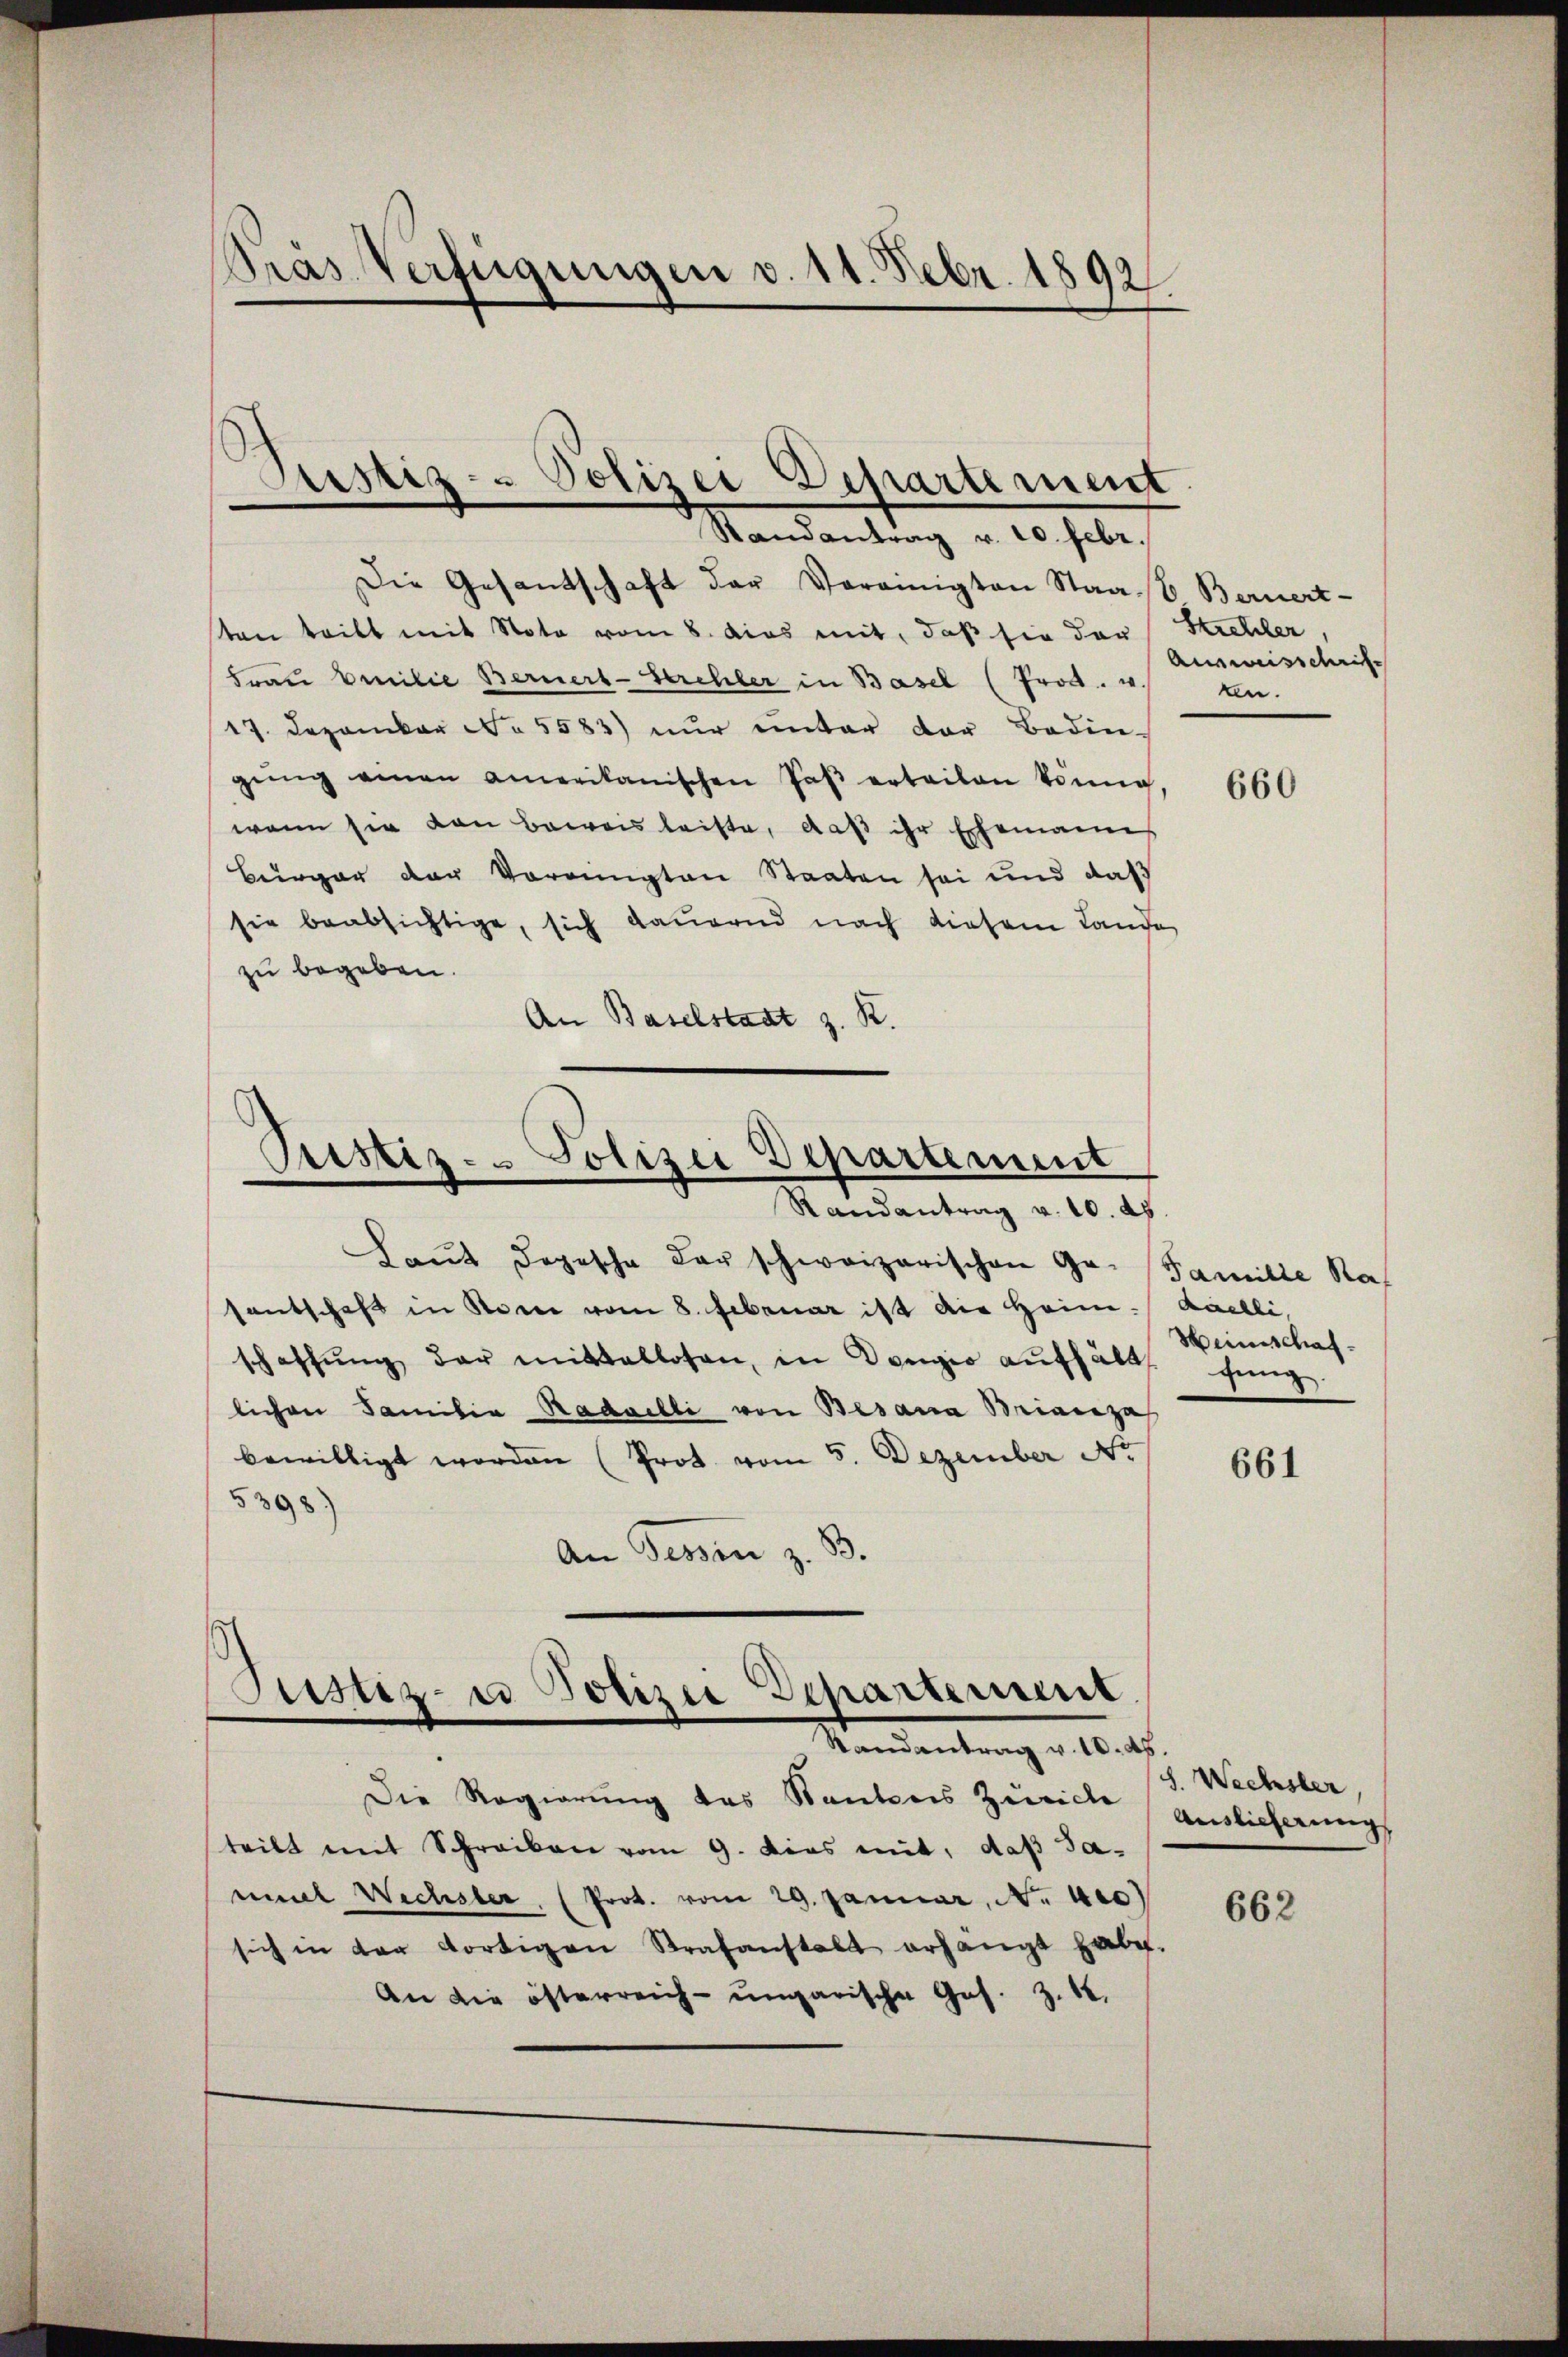
Pras Verfügungen v. 11. Febr. 1892

wiz-- Polizei Departement
Randantrag v. 10. Febr.

Die Gesantschaft der Vereinigten Staab Bernert-
sten teilt mit Note vom 8. das mit, daß sie der Strehler
Frau Emilie Berner-Strehler in Basel (Prod. u. ten.
17. Dezember No. 5583) nur unter der Bedin-
gŭng einen amerikanischen Paβ erteilen könne
wenn sie von Beweis leiste, daß ihr Ehemann
Burger der Vorringten Staaten sei und daß
sie beabsichtige, sich dauernd nach diesem Lande
zu begeben.
An Baselstadt z. R.

Cristiz- & Polizei Departement
s
Randantrag v. 10. ds.

Justiz- u Polizei Departement.
Randantrag v. 10. ds.

Laut dopische der schweizerischen Ge- Familie Raf
santschaft in Rome vom 8. Februar ist die Heim-Kächli
schaffŭng der mittallosen, in Denger aŭfhält. Jünge
lichen Familia Radailli von Besana Biaceza
bewilligt worden (Prot vom 5. Dezember No
5398)
An Tessin z. B.

Die Regierung des Kantons Zürich
teilt mit Schreiben vom 9. dies mit, daß Jamil Wechsler, (Prot. vom 29. Januar, No. 410)
sich in der dortigen Strafanstalt erhängt habe.
An die österreich-ungarische Ges. Z. 18.

Ausweisschrif

660

661

Heimschaf¬

J. Wechsler
Auslicherung

662